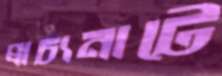
প্রাচ্যনাটে